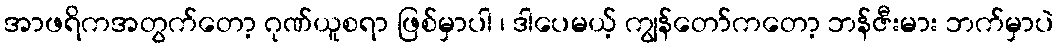
အာဖရိကအတွက်တော့ ဂုဏ်ယူစရာ ဖြစ်မှာပါ ၊ ဒါပေမယ့် ကျွန်တော်ကတော့ ဘန်ဇီးမား ဘက်မှာပဲ